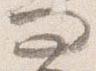
問